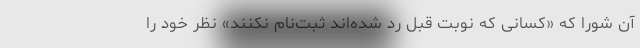
آن شورا که «کسانی که نوبت قبل رد شده‌اند ثبت‌نام نکنند» نظر خود را